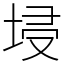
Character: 埐